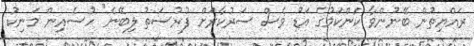
ރައްޔިތުން ބޭނުންވާ ކަންކަމުގެ އަޑު ވެސް ސަރުކާރަށް ފުރުސަތު ލިބޭނެ" ހުސެއިން މަނިކު